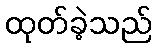
ထုတ်ခဲ့သည်